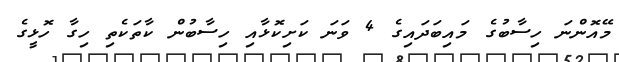
މޭއޮންނަ ހިސާބުގެ މައިބަދައިގެ 4 ވަނަ ކަށިކޮޅާއި ހިސާބުން ކާތަކެތި ހިގާ ހޮޅީގެ